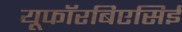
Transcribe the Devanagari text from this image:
यूफॉरबिएसिई